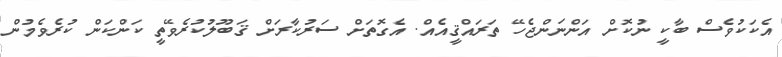
އެކަކުވެސް ބާކީ ނުކޮށް އަންނަންޖެހޭ ތަރައްޤީއެއް. އެގޮތަށް ސަރުކާރަށް ޤަބޫލުކުރެވޭތީ ކަންކަން ކުރެވެމުން